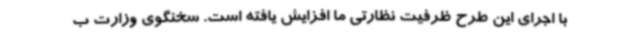
با اجرای این طرح ظرفیت نظارتی ما افزایش یافته است. سخنگوی وزارت ب